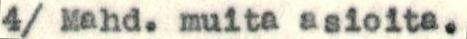
4/ Mahd. muita asioita.